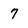
Character: 7